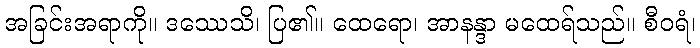
အခြင်းအရာကို။ ဒဿေသိ၊ ပြ၏။ ထေရော၊ အာနန္ဒာ မထေရ်သည်။ စီဝရံ၊